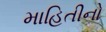
માહિતીનો